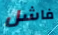
فاشل